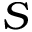
S